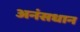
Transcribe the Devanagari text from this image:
अनंसधान